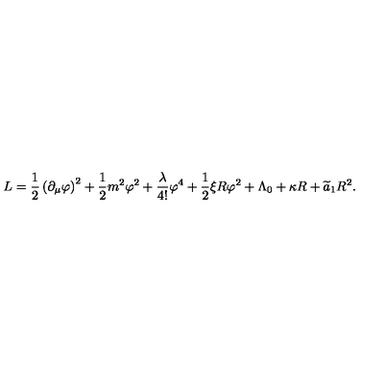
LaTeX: L = \frac { 1 } { 2 } \left( \partial _ { \mu } \varphi \right) ^ { 2 } + \frac { 1 } { 2 } m ^ { 2 } \varphi ^ { 2 } + \frac { \lambda } { 4 ! } \varphi ^ { 4 } + \frac { 1 } { 2 } \xi R \varphi ^ { 2 } + \Lambda _ { 0 } + \kappa R + \widetilde { a } _ { 1 } R ^ { 2 } .